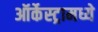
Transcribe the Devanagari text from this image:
ऑर्केस्ट्रामध्ये